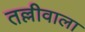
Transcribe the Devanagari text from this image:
तल्लीवाला